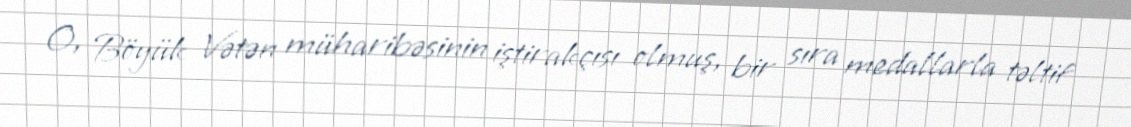
O, Böyük Vətən müharibəsinin iştirakçısı olmuş, bir sıra medallarla təltif